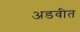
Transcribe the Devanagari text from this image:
अडवीत